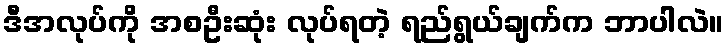
ဒီအလုပ်ကို အစဦးဆုံး လုပ်ရတဲ့ ရည်ရွယ်ချက်က ဘာပါလဲ။